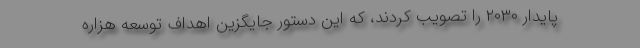
پایدار ۲۰۳۰ را تصویب کردند، که این دستور جایگزین اهداف توسعه هزاره